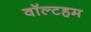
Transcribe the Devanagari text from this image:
वॉल्टहम